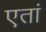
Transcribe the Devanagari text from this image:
एतां